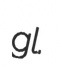
gl.